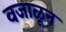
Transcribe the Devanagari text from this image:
वजाळून